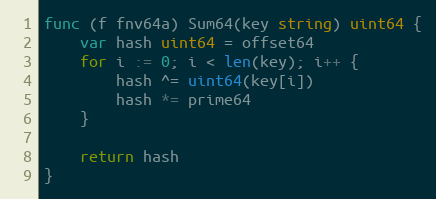
Language: Go
func (f fnv64a) Sum64(key string) uint64 {
	var hash uint64 = offset64
	for i := 0; i < len(key); i++ {
		hash ^= uint64(key[i])
		hash *= prime64
	}

	return hash
}